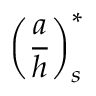
\left( \frac { a } { h } \right) _ { s } ^ { * }